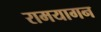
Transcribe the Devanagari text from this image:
रामयागन